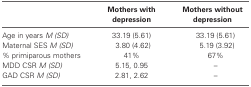
|  | Mothers with depression | Mothers without depression |
 | --- | --- | --- |
 | Age in years M (SD) | 33.19 (5.61) | 33.19 (5.61) |
 | Maternal SES M (SD) | 3.80 (4.62) | 5.19 (3.92) |
 | % primiparous mothers | 41% | 67% |
 | MDD CSR M (SD) | 5.15, 0.95 | – |
 | GAD CSR M (SD) | 2.81, 2.62 | – |